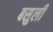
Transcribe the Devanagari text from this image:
बसुली